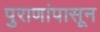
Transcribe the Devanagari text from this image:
पुराणांपासून